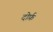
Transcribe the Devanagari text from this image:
दोर्फ़